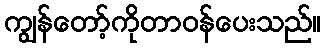
ကျွန်တော့်ကိုတာဝန်ပေးသည်။